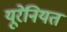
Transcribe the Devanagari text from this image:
यूरेनियत